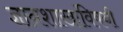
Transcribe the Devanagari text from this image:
ज्ञानशाखांविषयी